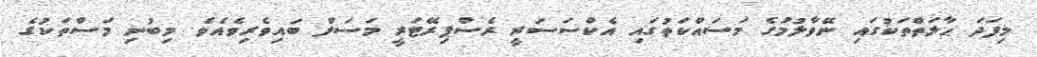
މިފަދަ ޙާލަތްތަކުގައި ނޭވާލުމުގެ މަސައްކަތުގައި އެކްސަސަރީ ރެސްޕިރޭޓަރީ މަސަލް ބައިވެރިވެއެވެ. މިބުނި މަސްތަކުގެ